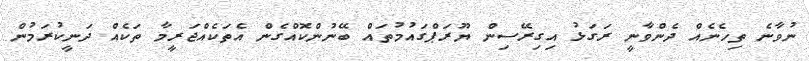
ނުވާނެ ތިހެނެއް ދެންވާނީ ރަގަޅު އިގިރޭސިން ޔޫރަޕްގައުމުތައް ބޭނުންކޮއްގެން އެތަކެއްޖަރީމާ ތަކެއް ދަނީކުރަމުން